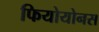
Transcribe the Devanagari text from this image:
फियोयोनस